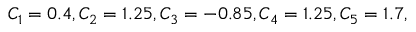
C _ { 1 } = 0 . 4 , C _ { 2 } = 1 . 2 5 , C _ { 3 } = - 0 . 8 5 , C _ { 4 } = 1 . 2 5 , C _ { 5 } = 1 . 7 ,